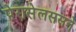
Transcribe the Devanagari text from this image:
पेरासेलससने